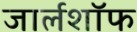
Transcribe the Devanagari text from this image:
जार्लशॉफ